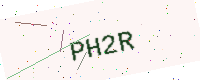
Text: PH2R